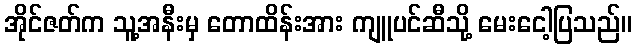
အိုင်ဇတ်က သူ့အနီးမှ တောထိန်းအား ကျူပင်ဆီသို့ မေးငေါ့ပြသည်။